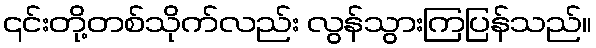
၎င်းတို့တစ်သိုက်လည်း လွန်သွားကြပြန်သည်။